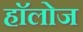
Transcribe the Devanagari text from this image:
हाॅलोज